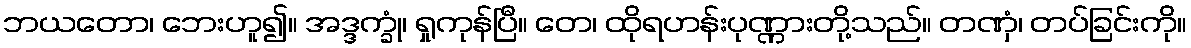
ဘယတော၊ ဘေးဟူ၍။ အဒ္ဒက္ခုံ၊ ရှုကုန်ပြီ။ တေ၊ ထိုရဟန်းပုဏ္ဏားတို့သည်။ တဏှံ၊ တပ်ခြင်းကို။